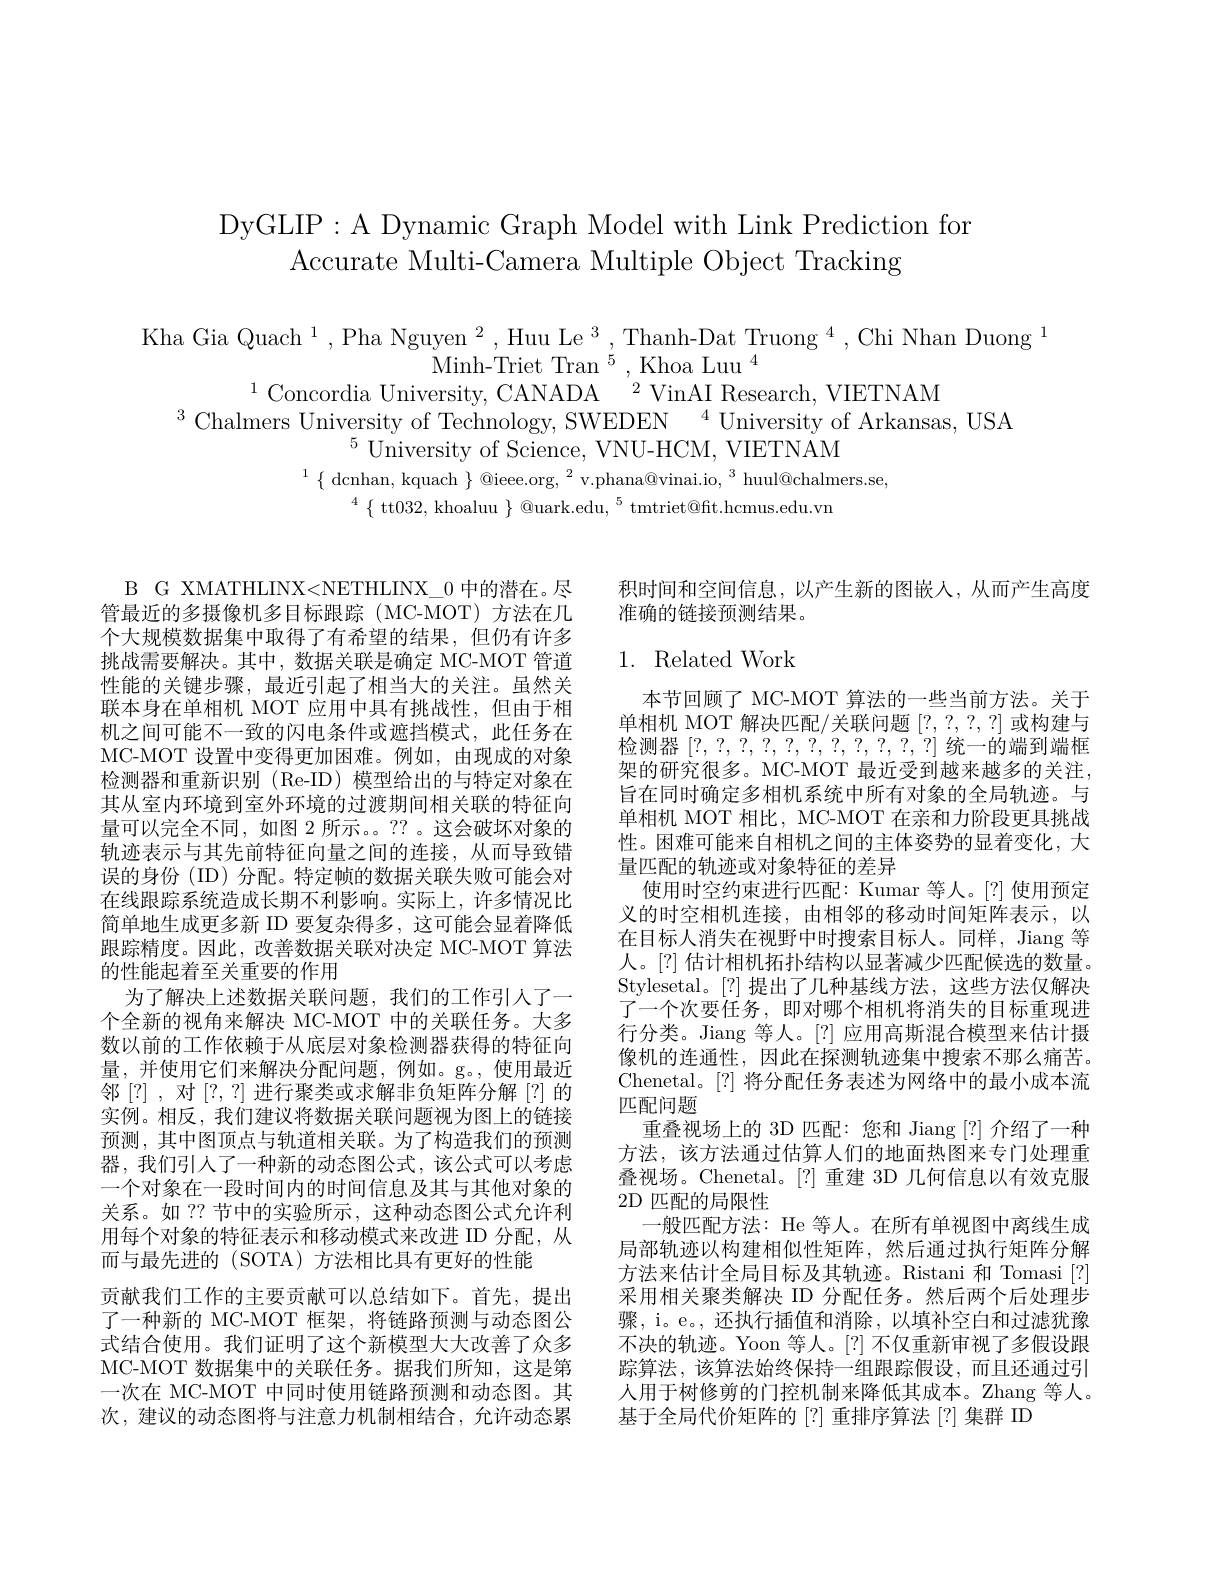
DyGLIP: A Dynamic Graph Model with Link Prediction for
Accurate Multi-Camera Multiple Object Tracking

$\mathrm{Kha~Gia~Quach~}^{1}, \text{Pha Nguyen}^{2},\text{Huu Le}^{3},\text{Thanh-Dat Truong}^{4},\text{Chi Nhan Duong}^{1}$ $\text{Minh-Triet Tran}^{5},\text{Khoa Luu}^{4}$ $^{1}\text{Concordia University, CANADA}^{2}$VinAl Research, VIETNAM $^{3}\text{Chalmers University f Pechnology, SWEDEN}^{4}$U
$^{1}\left\{\text{dcnhan, kquach}\right\}@\mathrm{ieee.org,}^{2}$v.phana@vinai.io,$^3$huul@chalmers.se,
$^{4}{\{\text{ tt}032,\text{ khoaluu }\}}{\textcircled {Q}}$uark.edu,$^5$tmtriet@ft.hcmus.edu.vn

积时间和空间信息，以产生新的图嵌人，从而产生高度
准确的链接预测结果。

### 1. Related Work

B G XMATHLINX<NETHLINX\_0 中的潜在。尽管最近的多摄像机多目标跟踪(MC-MOT)方法在几个大规模数据集中取得了有希望的结果，但仍有许多挑战需要解决。其中，数据关联是确定 MC-MOT 管道性能的关键步骤，最近引起了相当大的关注。虽然关联本身在单相机 MOT 应用中具有挑战性，但由于相机之间可能不一致的闪电条件或遮挡模式，此任务在MC-MOT 设置中变得更加困难。例如，由现成的对象检测器和重新识别 (Re-ID) 模型给出的与特定对象在其从室内环境到室外环境的过渡期间相关联的特征向量可以完全不同，如图 2 所示。。?? 。这会破坏对象的轨迹表示与其先前特征向量之间的连接，从而导致错误的身份(ID)分配。特定帧的数据关联失败可能会对在线跟踪系统造成长期不利影响。实际上，许多情况比简单地生成更多新 ID 要复杂得多，这可能会显着降低跟踪精度。因此，改善数据关联对决定 MC-MOT 算法的性能起着至关重要的作用
为了解决上述数据关联问题，我们的工作引人了一个全新的视角来解决 MC-MOT 中的关联任务。大多数以前的工作依赖于从底层对象检测器获得的特征向量，并使用它们来解决分配问题，例如。g。,使用最近邻[?], 对[?,?] 进行聚类或求解非负矩阵分解[?]的实例。相反，我们建议将数据关联问题视为图上的链接预测，其中图顶点与轨道相关联。为了构造我们的预测器，我们引人了一种新的动态图公式，该公式可以考虑一个对象在一段时间内的时间信息及其与其他对象的关系。如 ?? 节中的实验所示，这种动态图公式允许利用每个对象的特征表示和移动模式来改进 ID 分配，从而与最先进的(SOTA)方法相比具有更好的性能
贡献我们工作的主要贡献可以总结如下。首先，提出 采用相关聚类解决 ID 分配任务。然后两个后处理步
了一种新的 MC-MOT 框架，将链路预测与动态图公式结合使用。我们证明了这个新模型大大改善了众多MC-MOT 数据集中的关联任务。据我们所知，这是第 踪算法，该算法始终保持一组跟踪假设，而且还通过引一次在 MC-MOT 中同时使用链路预测和动态图。其 人用于树修剪的门控机制来降低其成本。Zhang 等人。次，建议的动态图将与注意力机制相结合，允许动态累

本节回顾了 MC-MOT 算法的一些当前方法。关于单相机 MOT 解决匹配/关联问题[?,?,?,?]或构建与检测器[?,?,?,?,?,?,?,?,?,?,?,?,?]统一的端到端框架的研究很多。MC-MOT 最近受到越来越多的关注， 旨在同时确定多相机系统中所有对象的全局轨迹。与单相机 MOT 相比，MC-MOT 在亲和力阶段更具挑战性。困难可能来自相机之间的主体姿势的显着变化，大量匹配的轨迹或对象特征的差异
使用时空约束进行匹配：Kumar 等人。[?] 使用预定义的时空相机连接，由相邻的移动时间矩阵表示，以在目标人消失在视野中时搜索目标人。同样，Jiang 等人。[?] 估计相机拓扑结构以显著减少匹配候选的数量。Stylesetal。[?] 提出了几种基线方法，这些方法仅解决了一个次要任务，即对哪个相机将消失的目标重现进行分类。Jiang 等人。[?] 应用高斯混合模型来估计摄像机的连通性，因此在探测轨迹集中搜索不那么痛苦。Chenetal。[?] 将分配任务表述为网络中的最小成本流匹配间题
重叠视场上的 3D 匹配：您和 Jiang [?] 介绍了一种方法，该方法通过估算人们的地面热图来专门处理重叠视场。Chenetal。[?]重建 3D 几何信息以有效克服2D 匹配的局限性
一般匹配方法：He 等人。在所有单视图中离线生成局部轨迹以构建相似性矩阵，然后通过执行矩阵分解方法来估计全局目标及其轨迹。Ristani 和 Tomasi [?] 骤，i。e。, 还执行插值和消除，以填补空白和过滤犹豫不决的轨迹。Yoon 等人。[?]不仅重新审视了多假设跟基于全局代价矩阵的[?]重排序算法 [?]集群 ID